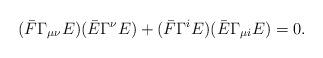
LaTeX: \begin{align*}(\bar F\Gamma_{\mu\nu}E)(\bar E\Gamma^\nu E)+(\bar F\Gamma^{i}E)(\bar E\Gamma_{\mu i} E)=0.\end{align*}